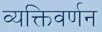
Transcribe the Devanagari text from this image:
व्यक्तिवर्णन